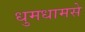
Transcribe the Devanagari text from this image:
धुमधामसे